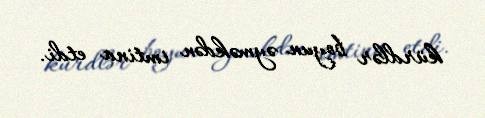
kürdlər boyun əyməkdən imtina etdi.